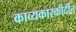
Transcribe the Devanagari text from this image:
काव्यकारकीर्दीत